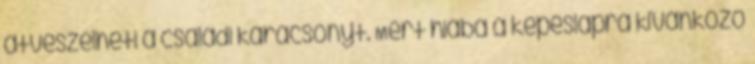
átvészelheti a családi karácsonyt. Mert hiába a képeslapra kívánkozó